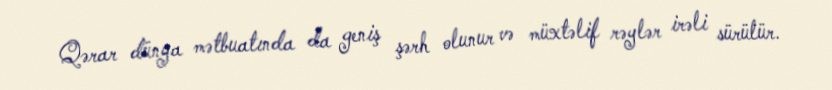
Qərar dünya mətbuatında da geniş şərh olunur və müxtəlif rəylər irəli sürülür.